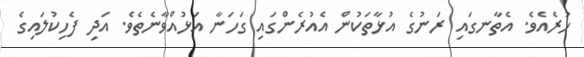
ހުރެއެވެ. އެތާނގައި ރަނުގެ އުޅާތަކުން އެއުރެންގައި ގަހަނާ އަޅުއްވާނެތެވެ. އަދި ފެހިކުލައިގެ